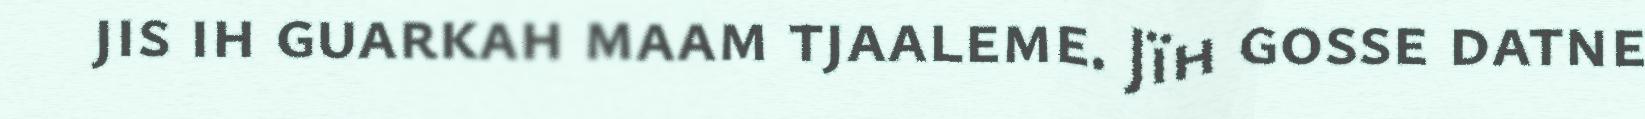
jis ih guarkah maam tjaaleme. Jïh gosse datne